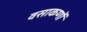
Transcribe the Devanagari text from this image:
वसाकणों